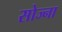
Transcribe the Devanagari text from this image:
सोज्ना